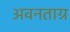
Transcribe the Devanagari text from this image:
अवनताग्र